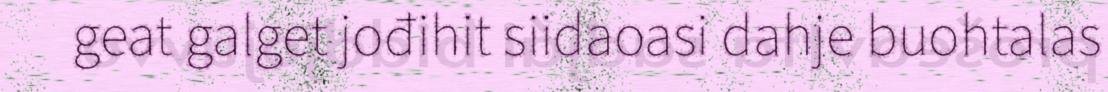
geat galget jođihit siidaoasi dahje buohtalas